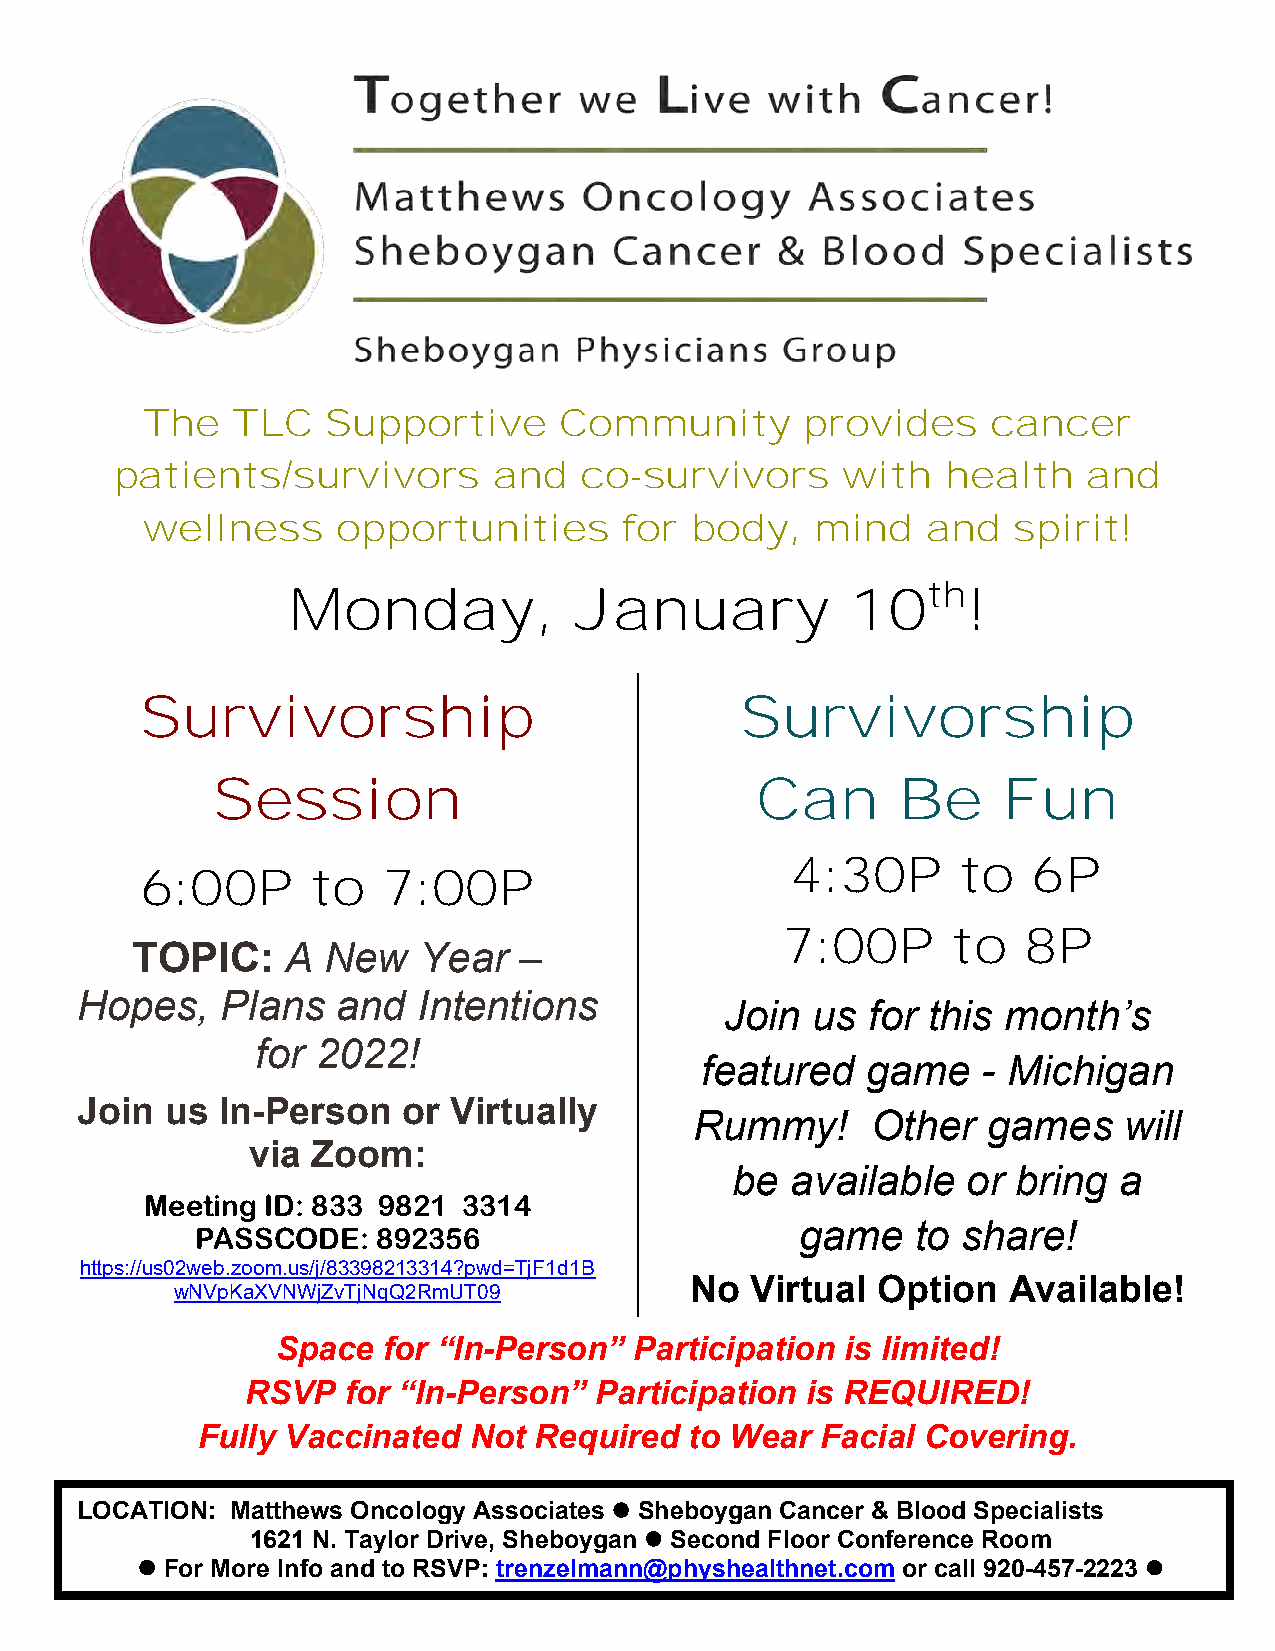
The   TLC    Supportive     Community       provides     cancer
 patients/survivors       and  co-survivors      with   health   and
 wellness     opportunities      for  body,   mind   and   spirit!
 Monday,            January           10th!
 Survivorship                            Survivorship
 Session                             Can      Be     Fun
 4:30P      to   6P
 6:00P      to   7:00P
 7:00P      to   8P
 TOPIC:    A New    Year  –
 Hopes,    Plans  and   Intentions
 Join  us for this  month’s
 for 2022!
 featured   game    - Michigan
 Join  us In-Person    or Virtually
 Rummy!      Other  games    will
 via  Zoom:
 be  available   or bring  a
 Meeting ID: 833 9821 3314
 PASSCODE:   892356                      game    to share!
 https://us02web.zoom.us/j/83398213314?pwd=TjF1d1B
 No  Virtual Option   Available!
 wNVpKaXVNWjZvTjNqQ2RmUT09
 Space  for “In-Person”  Participation is limited!
 RSVP   for “In-Person” Participation is REQUIRED!
 Fully Vaccinated  Not Required   to Wear Facial Covering.
 LOCATION: Matthews Oncology Associates ⚫ Sheboygan Cancer & Blood Specialists
 1621 N. Taylor Drive, Sheboygan ⚫ Second Floor Conference Room
 ⚫ For More Info and to RSVP: trenzelmann@physhealthnet.com or call 920-457-2223 ⚫